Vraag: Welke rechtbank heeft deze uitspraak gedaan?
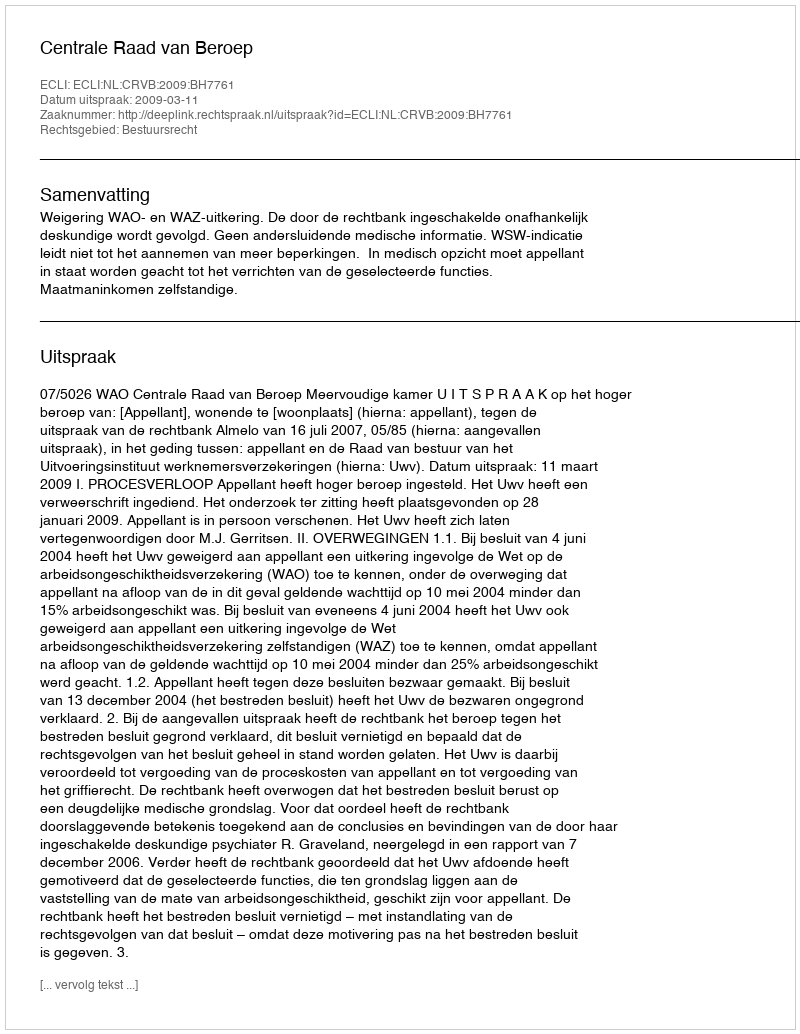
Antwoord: Centrale Raad van Beroep